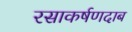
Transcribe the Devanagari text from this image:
रसाकर्षणदाब